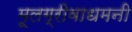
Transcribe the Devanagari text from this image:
मूलग्रीवाधमनी